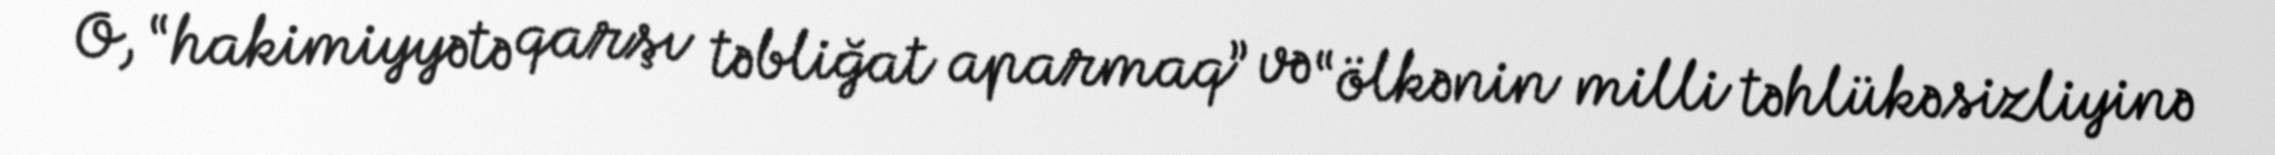
O, “hakimiyyətə qarşı təbliğat aparmaq” və “ölkənin milli təhlükəsizliyinə